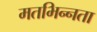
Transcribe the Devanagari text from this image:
मतभिन्‍नता